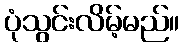
ပုံသွင်းလိမ့်မည်။